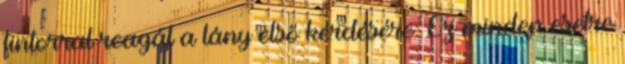
fintorral reagál a lány első kérdésére. Ez minden esetre